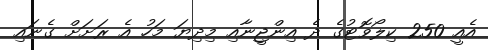
އެއީ 250 ކިލޯވޮޓުގެ ދެ އިންޖީނާއި މިދިޔަ މަހު އެ ރަށަށް ގެނައި